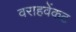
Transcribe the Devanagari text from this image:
वराहवेंकट